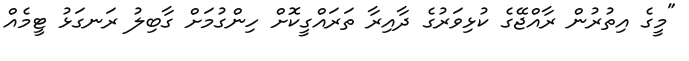
"މީގެ އިތުރުން ރާއްޖޭގެ ކުޅިވަރުގެ ދާއިރާ ތަރައްގީކޮށް ހިންގުމަށް ގާބިލު ރަނގަޅު ޓީމެއް